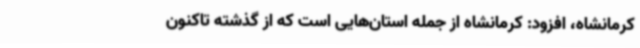
کرمانشاه، افزود: کرمانشاه از جمله استان‌هایی است که از گذشته تاکنون